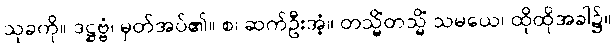
သုခကို။ ဒဋ္ဌဗ္ဗံ၊ မှတ်အပ်၏။ စ၊ ဆက်ဦးအံ့။ တသ္မိံတသ္မိံ သမယေ၊ ထိုထိုအခါ၌။